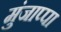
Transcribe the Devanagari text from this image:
मुंजाप्पा